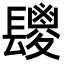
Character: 𮤆